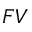
F V